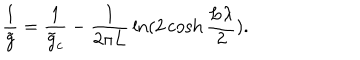
LaTeX: { \frac { 1 } { \tilde { g } } } = { \frac { 1 } { \tilde { g } _ { c } } } - { \frac { 1 } { 2 \pi L } } \ln ( 2 \cosh { \frac { L \lambda } { 2 } } ) .